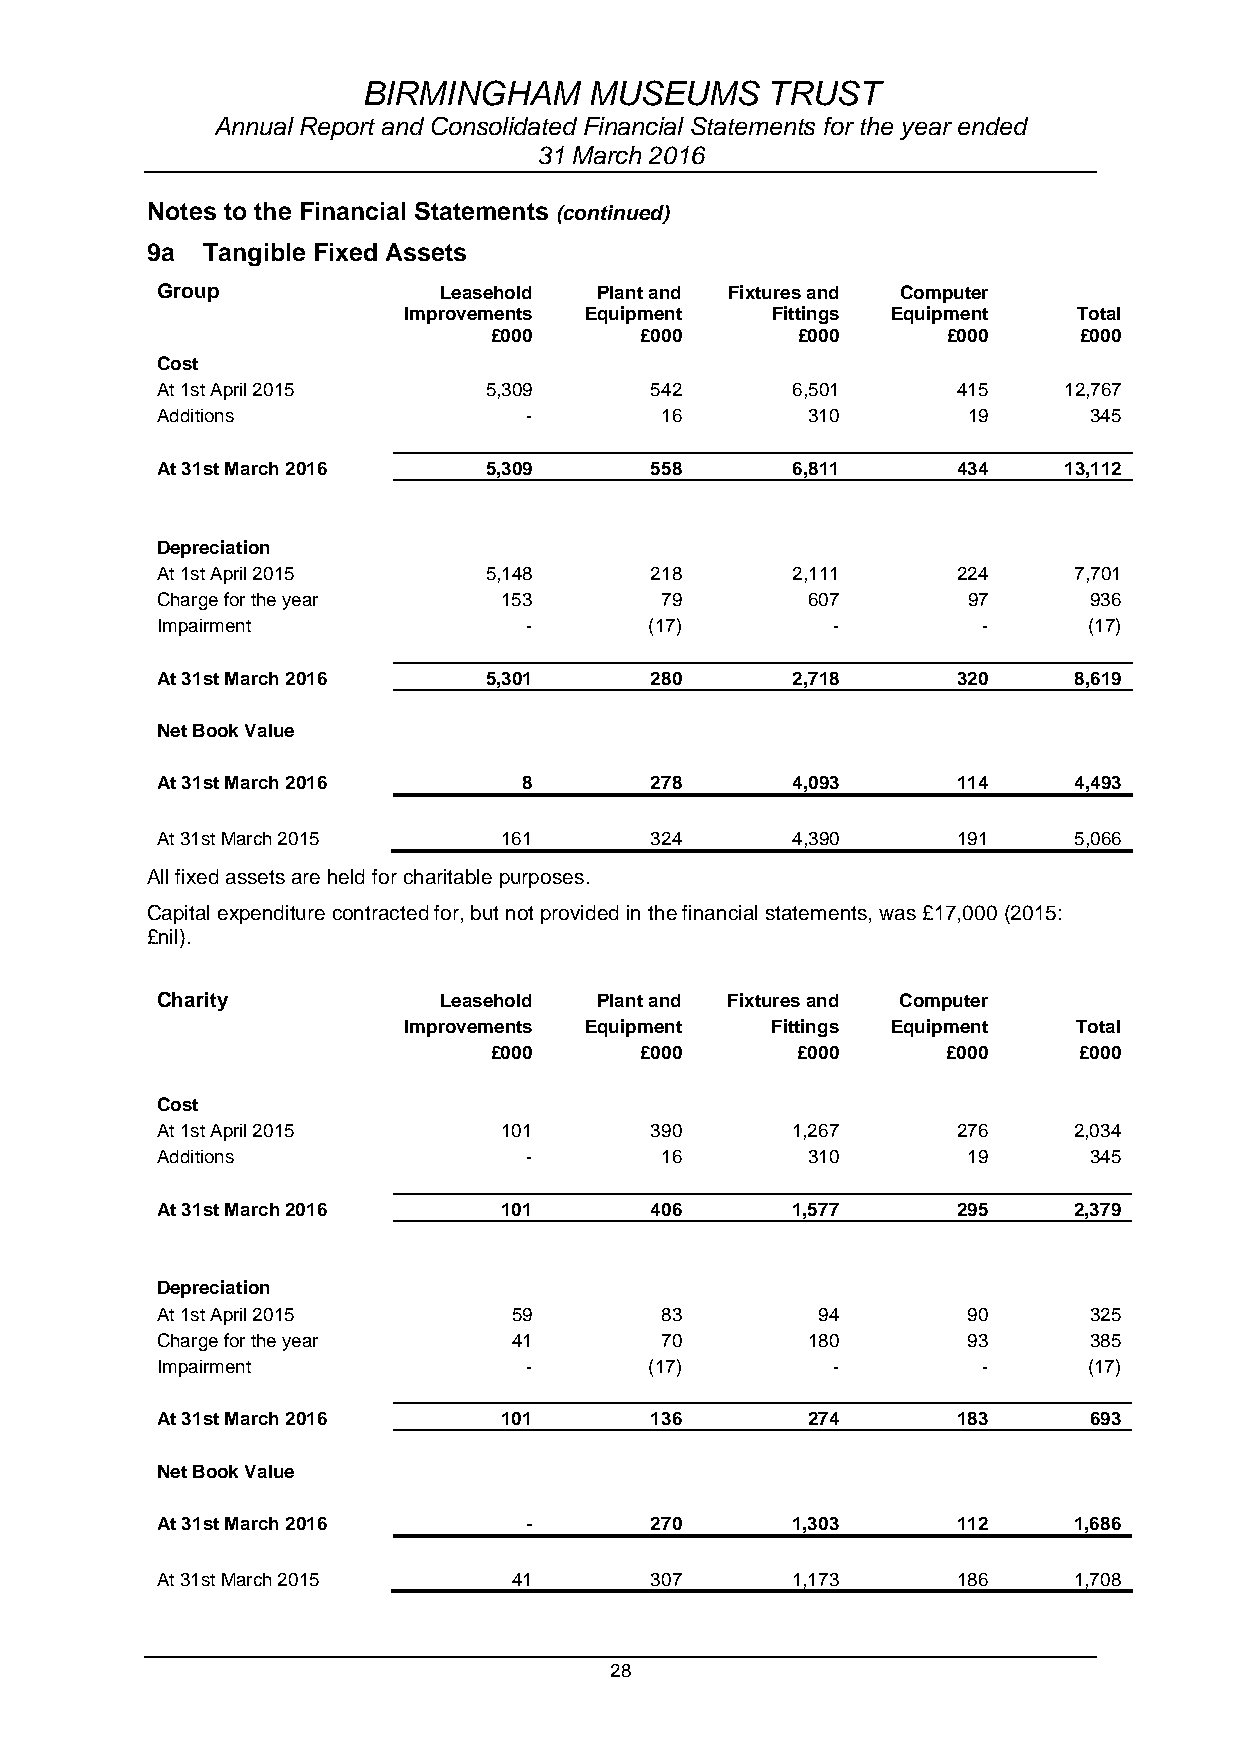
BIRMINGHAM     MUSEUMS     TRUST
 Annual Report and Consolidated Financial Statements for the year ended
 31 March 2016
 Notes to the Financial Statements (continued)
 9a Tangible Fixed Assets
 Group              Leasehold  Plant and Fixtures and Computer
 Improvements Equipment  Fittings Equipment  Total
 £000      £000       £000      £000    £000
 Cost
 At 1st April 2015     5,309      542      6,501      415    12,767
 Additions                -        16       310        19      345
 At 31st March 2016    5,309      558      6,811      434    13,112
 Depreciation
 At 1st April 2015     5,148      218      2,111      224     7,701
 Charge for the year    153        79       607        97      936
 Impairment               -       (17)        -         -      (17)
 At 31st March 2016    5,301      280      2,718      320     8,619
 Net Book Value
 At 31st March 2016       8       278      4,093      114     4,493
 At 31st March 2015     161       324      4,390      191     5,066
 All fixed assets are held for charitable purposes.
 Capital expenditure contracted for, but not provided in the financial statements, was £17,000 (2015:
 £nil).
 Charity            Leasehold  Plant and Fixtures and Computer
 Improvements Equipment  Fittings Equipment  Total
 £000      £000       £000      £000    £000
 Cost
 At 1st April 2015      101       390      1,267      276     2,034
 Additions                -        16       310        19      345
 At 31st March 2016     101       406      1,577      295     2,379
 Depreciation
 At 1st April 2015       59        83        94        90      325
 Charge for the year     41        70       180        93      385
 Impairment               -       (17)        -         -      (17)
 At 31st March 2016     101       136       274       183      693
 Net Book Value
 At 31st March 2016       -       270      1,303      112     1,686
 At 31st March 2015      41       307      1,173      186     1,708
 28